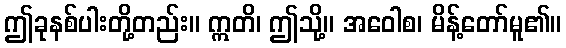
ဤခုနစ်ပါးတို့တည်း။ ဣတိ၊ ဤသို့။ အဝေါစ၊ မိန့်တော်မူ၏။